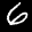
Label: 6